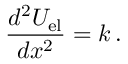
{ \frac { d ^ { 2 } U _ { \mathrm { e l } } } { d x ^ { 2 } } } = k \, .